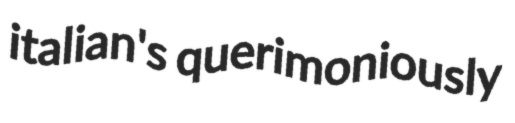
italian's querimoniously